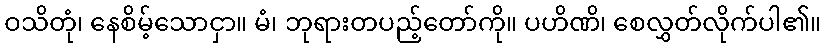
ဝသိတုံ၊ နေစိမ့်သောငှာ။ မံ၊ ဘုရားတပည့်တော်ကို။ ပဟိဏိ၊ စေလွှတ်လိုက်ပါ၏။